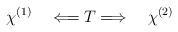
LaTeX: \begin{align*}\chi^{(1)} \quad \Longleftarrow T \Longrightarrow \quad \chi^{(2)}\end{align*}